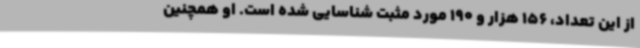
از این تعداد، 156 هزار و 190 مورد مثبت شناسایی شده است. او همچنین